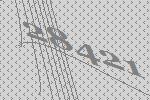
28421